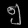
Digit: ၅